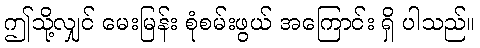
ဤသို့လျှင် မေးမြန်း စုံစမ်းဖွယ် အကြောင်း ရှိ ပါသည်။